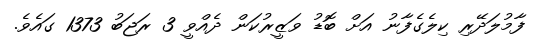
ފާމުލަދޭރި ކިލެގެފާނު އަށް ބޮޑު ވަޒީރުކަން ދެއްވީ 3 ރަޖަބު 1373 ގައެވެ.